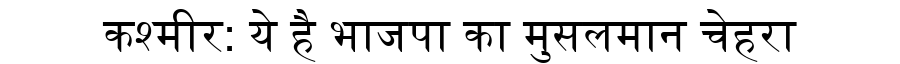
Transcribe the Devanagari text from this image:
कश्मीर: ये है भाजपा का मुसलमान चेहरा